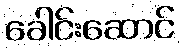
ခေါင်းဆောင်